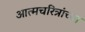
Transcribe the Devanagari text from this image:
आत्मचरित्रांच्या